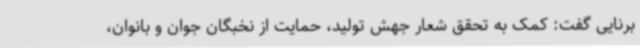
برنایی گفت: کمک به تحقق شعار جهش تولید، حمایت از نخبگان جوان و بانوان،